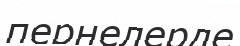
пернелерде